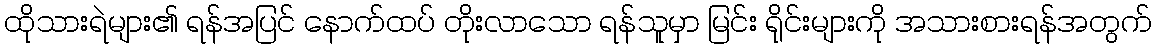
ထိုသားရဲများ၏ ရန်အပြင် နောက်ထပ် တိုးလာသော ရန်သူမှာ မြင်း ရိုင်းများကို အသားစားရန်အတွက်